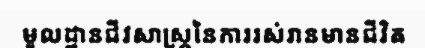
មូលដ្ឋានជីវសាស្ត្រនៃការរស់រានមានជីវិត